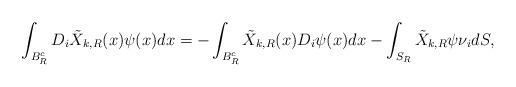
LaTeX: \begin{align*}\int_{B_R^c} D_i\tilde X_{k,R} (x)\psi(x) dx=-\int_{B_R^c} \tilde X_{k,R} (x)D_i \psi (x)dx-\int_{S_R} \tilde X_{k,R} \psi \nu_i dS,\end{align*}